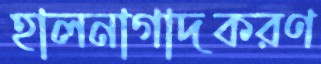
হালনাগাদকরণ